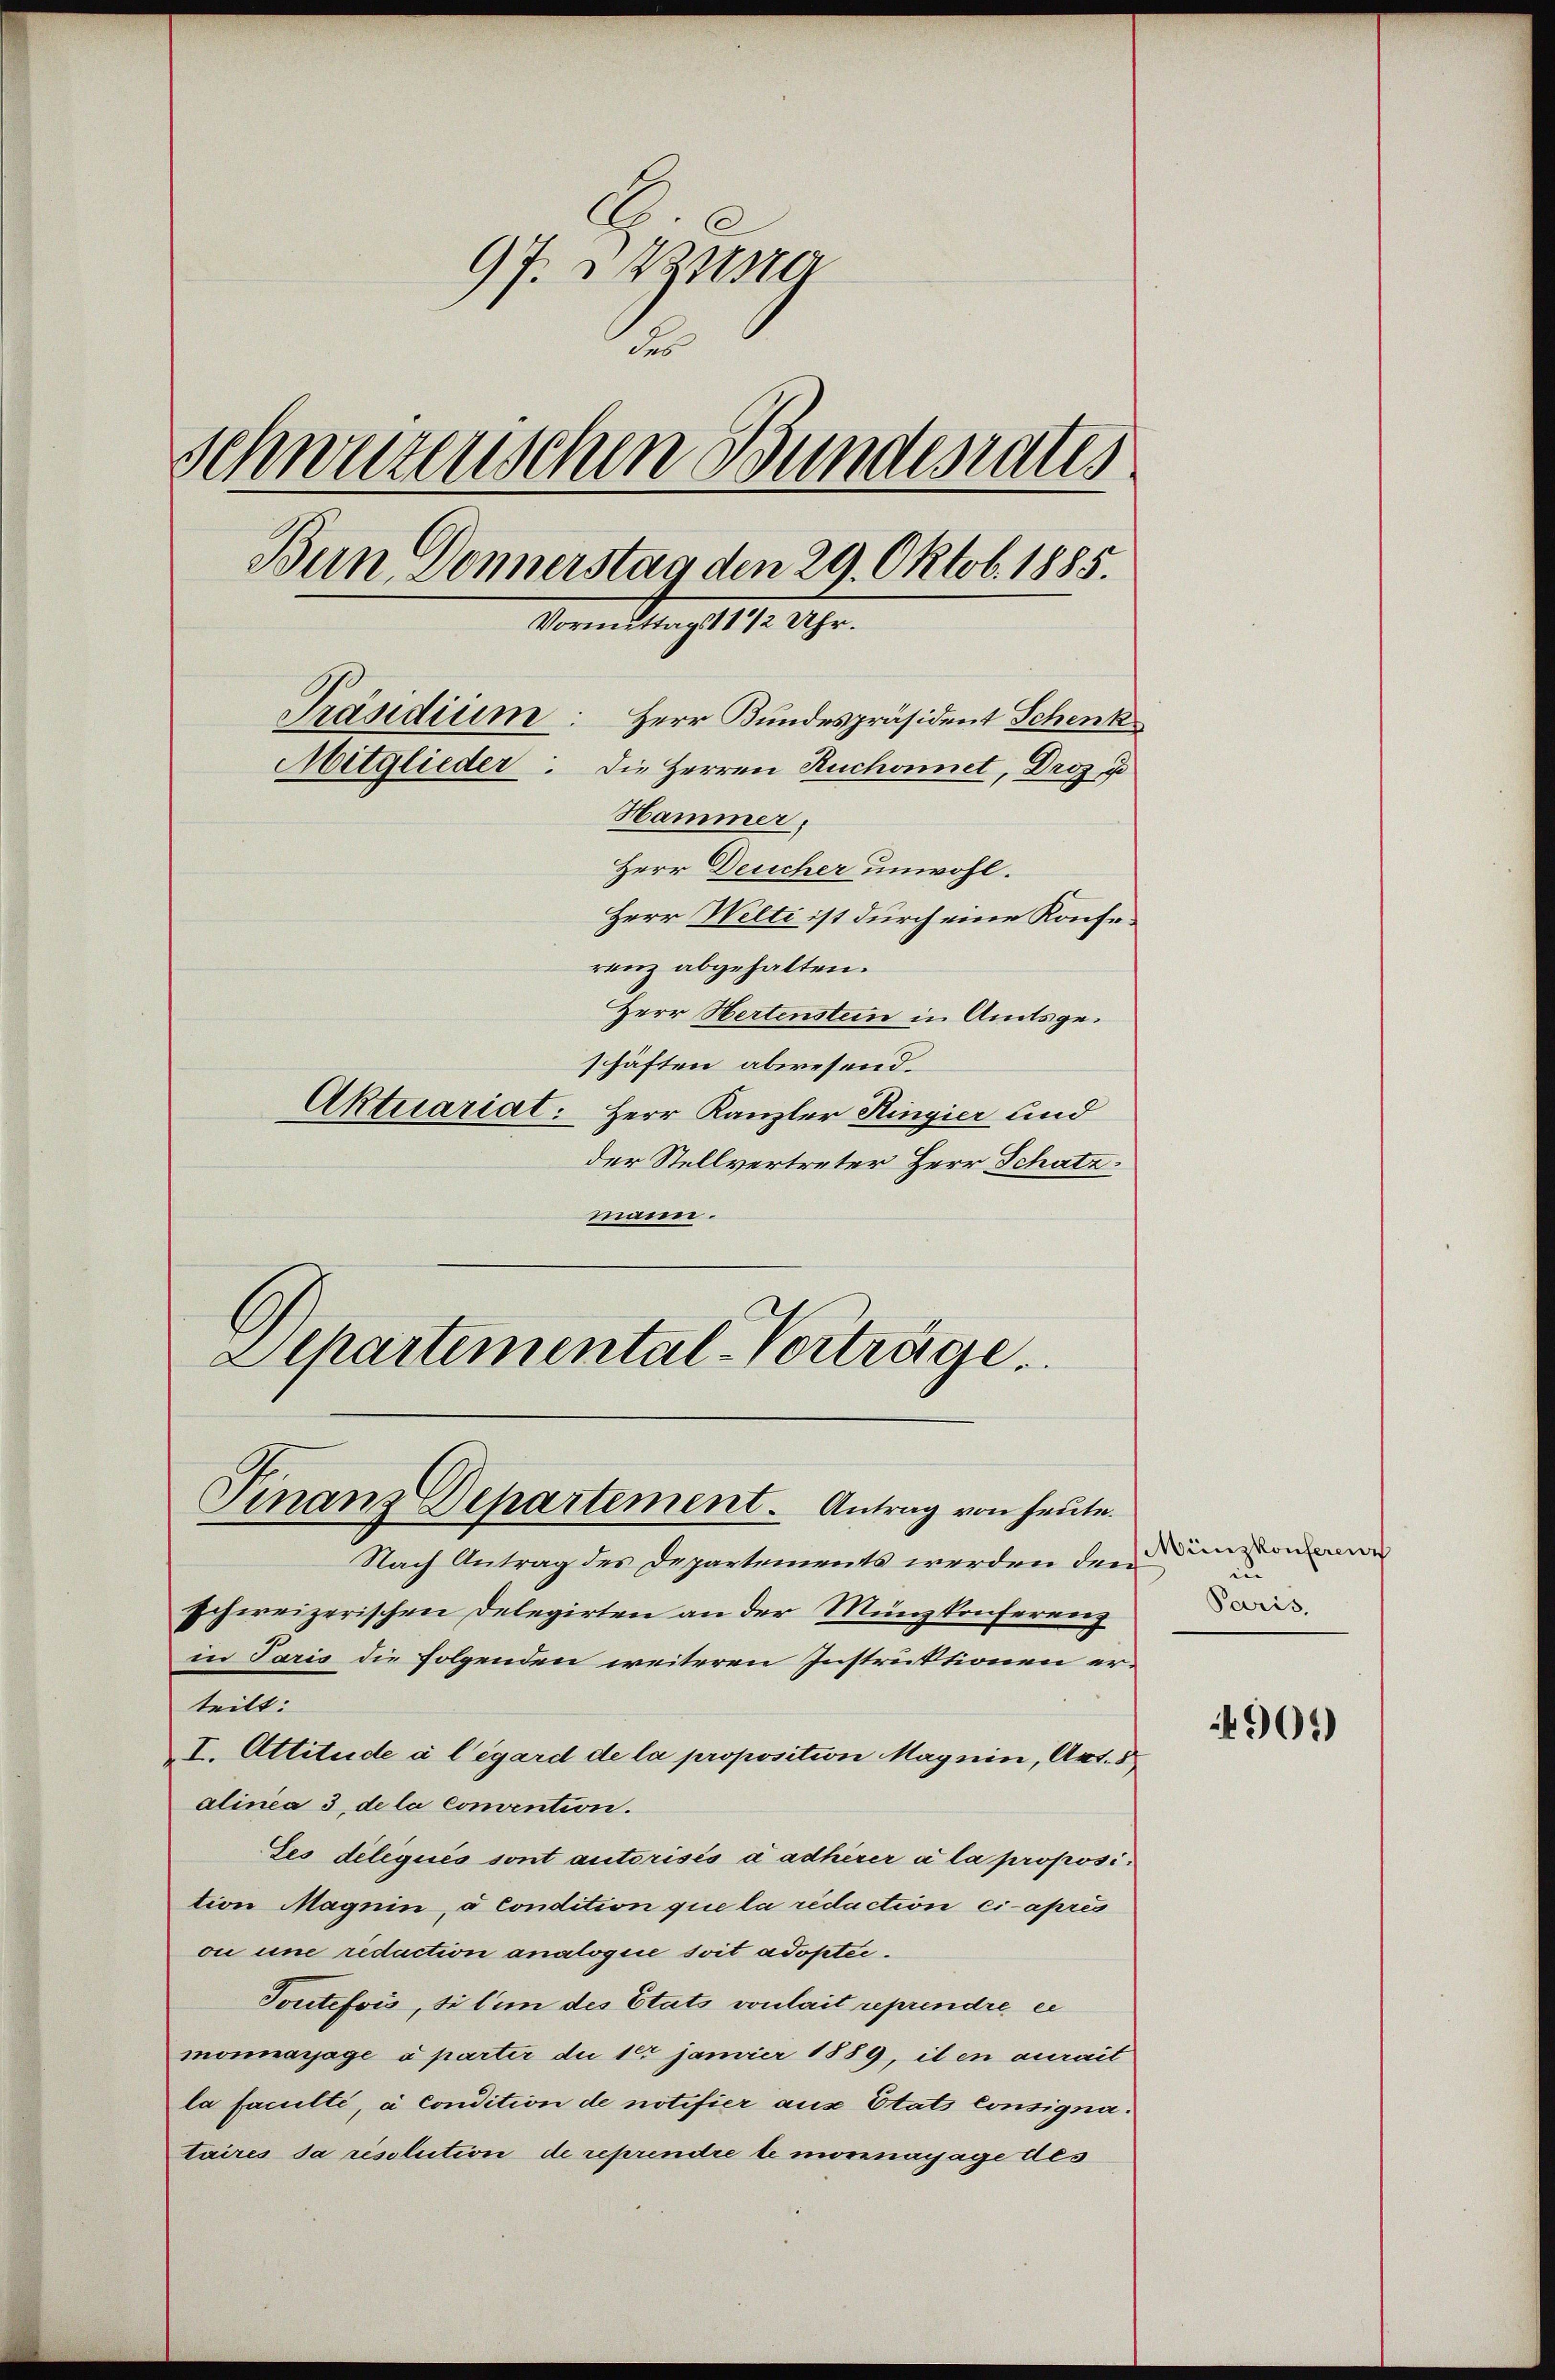
17. Wur
des
Schweizerischen Bundesrates.
Bun Donnerstag den 29. Oktob. 1885.
Sonntag 12 Uhr.
Präsidium: Herr Bundespräsident Schenk
Mitglieder: Die Herren Ruchonnet, Droz. u
Hammer,
Herr Deucher unwohl.
Herr Welti ist durch eine Konferenz abgehalten.
Herr Hertenstein in Amtsgeschäften abwesend.
Aktuariat: Herr Kanzler Ringier und
der Stellvertreter Herr Schatz:

mann.

Departemental-Vorträge
Finanz-Departement. Antrag von heute.

Nach Antrag des Departements werden den
schweizerischen Delegirten an der Münzkonferenz
in Paris die folgenden weiteren Instruktionen erteilt:
I. Attitude à l’égard de la proposition Maynin, Art. 5
alinea 3. de la convention.
Ees diliqués sont autorisés à adhirer a la proposition Magnin, à condition que la redaction ci-après
on une reduction analogie soit adopter.
Toutefois, si l’un des Etats vonhait reprendre ei
monnarage à parter du 10 jamier 1889, il en aurait
la faculté, à condition de notifier aus Etats Consignataires da resolution de reprendre le mornayage des

Münzkonferenz
in
Paris.

901)